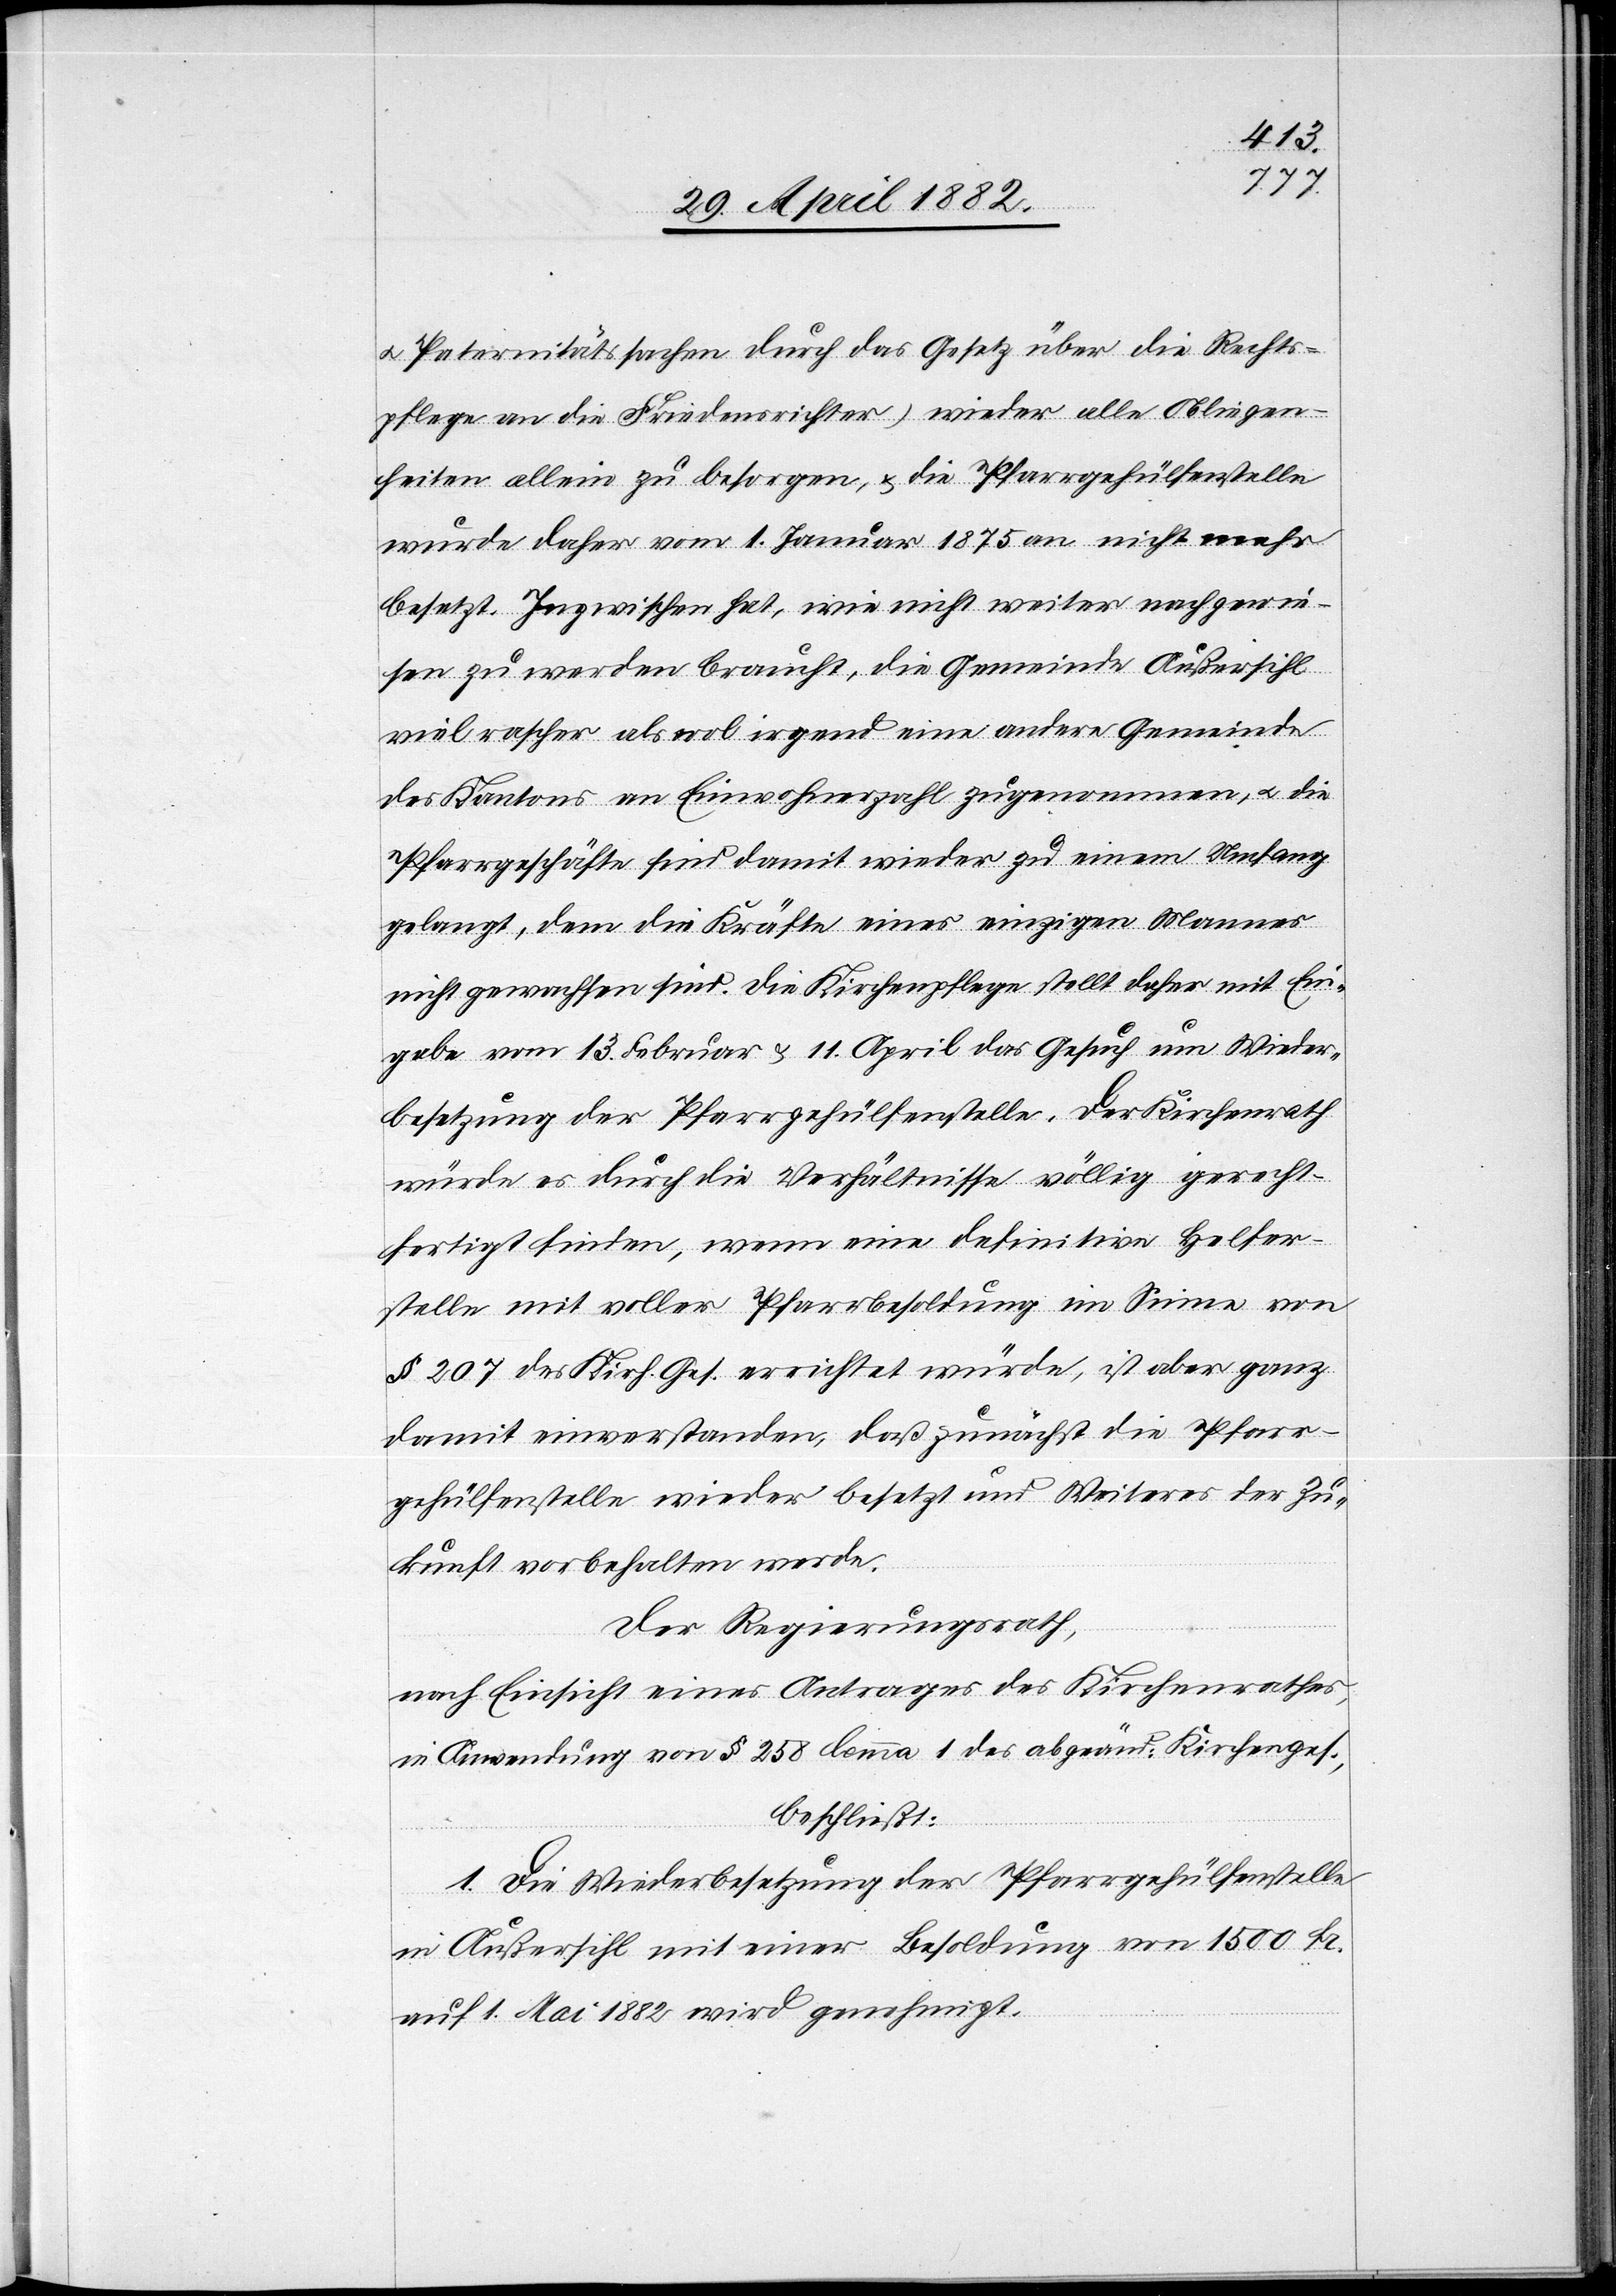
u. Paternitätssachen durch das Gesetz über die Rechts¬
pflege an die Friedensrichter) wieder alle Obliegen¬
heiten allein zu besorgen, & die Pfarrgehülfenstelle
wurde daher vom 1. Januar 1875 nicht mehr
besetzt. Inzwischen hat, wie nicht weiter nachgewie¬
sen zu werden braucht, die Gemeinde Außersihl
viel rascher als wol irgend eine andere Gemeinde
des Kantons an Einwohnerzahl zugenommen, u. die
Pfarrgeschäfte sind damit wieder zu einem Umfang
gelangt, dem die Kräfte eines einzigen Mannes
nicht gewachsen sind. Die Kirchenpflege stellt daher mit Ein¬
gabe vom 13. Februar u. 11. April das Gesuch um Wieder¬
besetzung der Pfarrgehülfenstelle. Der Kirchenrath
würde es durch die Verhältnisse völlig gerecht¬
fertigt finden, wenn eine definitive Helfer¬
stelle mit voller Pfarrbesoldung im Sinne von
§ 207 des Kirch. Ges. errichtet würde, ist aber ganz
damit einverstanden, daß zunächst die Pfarr¬
gehülfenstelle wieder besetzt und Weiteres der Zu¬
kunft vorbehalten werde.
Der Regierungsrath,
nach Einsicht eines Antrages des Kirchenrathes,
in Anwendung von § 258 lemma 1 des abgeänd. Kirchenges.,
beschließt:
1. Die Wiederbesetzung der Pfarrgehülfenstelle
in Außersihl mit einer Besoldung von 1500 Fr.
auf 1. Mai 1882 wird genehmigt.